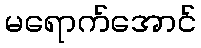
မရောက်အောင်